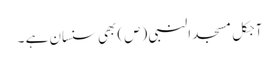
آجکل مسجد النبی (ص) بھی سنسان ہے ۔